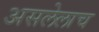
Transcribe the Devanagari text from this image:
असलेलाच